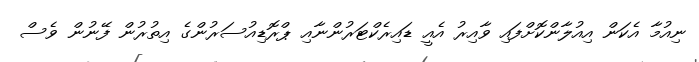
ނިއުމާ އެކަން އިއުލާންކޮށްފައި ވާއިރު އެއީ ޑައިރެކްޓަރުންނާއި ޕްރޮޑިއުސަރުންގެ އިތުރުން ފޭނުން ވެސް